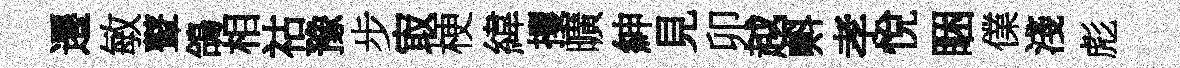
遷敏鼙鴿相祜豫步㝡梗緯攫曠紳見卯越㪺孝悅睏㒒淺彪